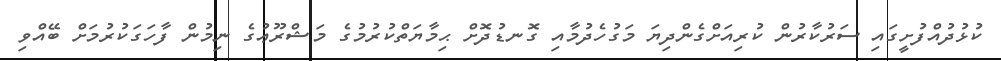
ކުޅުދުއްފުށީގައި ސަރުކާރުން ކުރިއަށްގެންދިޔަ މަގުހެދުމާއި ގޮނޑުދޮށް ޙިމާޔަތްކުރުމުގެ މަޝްރޫޢުގެ ނިމުން ފާހަގަކުރުމަށް ބޭއްވި